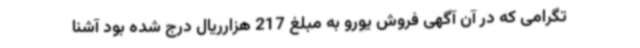
تگرامی که در آن آگهی فروش یورو به مبلغ 217 هزارریال درج شده بود آشنا